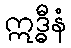
ဣဒ္ဓီနံ